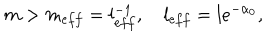
m > m _ { e f f } = l _ { e f f } ^ { - 1 } , \quad l _ { e f f } = l e ^ { - \alpha _ { 0 } } ,